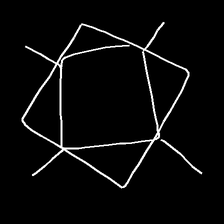
Glyph: light